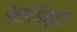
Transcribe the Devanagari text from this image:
प्राधिकृत